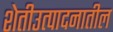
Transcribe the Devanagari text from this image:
शेतीउत्पादनातील